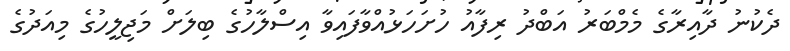
ދެކުނު ދާއިރާގެ މެމްބަރު އަބްދު ރިފާއު ހުށަހަޅުއްވާފައިވާ އިސްލާހުގެ ބިލަށް މަޖިލީހުގެ މިއަދުގެ